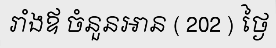
រាំងឪ ចំនួនអាន ( 202 ) ថ្ងៃ